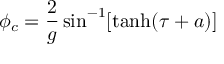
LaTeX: \phi _ { c } = \frac { 2 } { g } \sin ^ { - 1 } [ \operatorname { t a n h } ( \tau + a ) ]